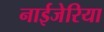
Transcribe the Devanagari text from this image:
नाईजेरिया